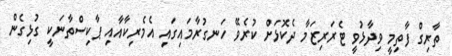
ތާރިގް ފާތިމީ ވިދާޅުވީ ޓެރަރިޒަމާ ދެކޮޅަށް ކުރެވޭ ހަނގުރާމައިގައި އެމެރިކާއާއި ޕާކިސްތާނަކީ ގުޅިގެން